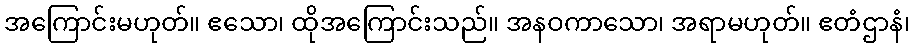
အကြောင်းမဟုတ်။ ဧသော၊ ထိုအကြောင်းသည်။ အနဝကာသော၊ အရာမဟုတ်။ ဧတံဌာနံ၊